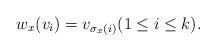
LaTeX: \begin{align*}w_{x}(v_{i})=v_{\sigma_{x}(i)} (1 \le i \le k). \end{align*}